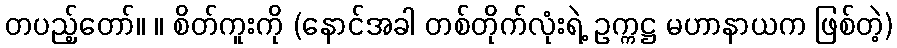
တပည့်တော်။ ။ စိတ်ကူးကို (နောင်အခါ တစ်တိုက်လုံးရဲ့ ဥက္ကဋ္ဌ မဟာနာယက ဖြစ်တဲ့)